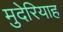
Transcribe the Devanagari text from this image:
मुदेरियाह